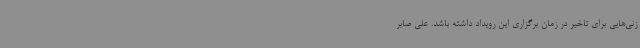
زنی‌هایی برای تاخیر در زمان برگزاری این رویداد داشته باشد. علی صابر